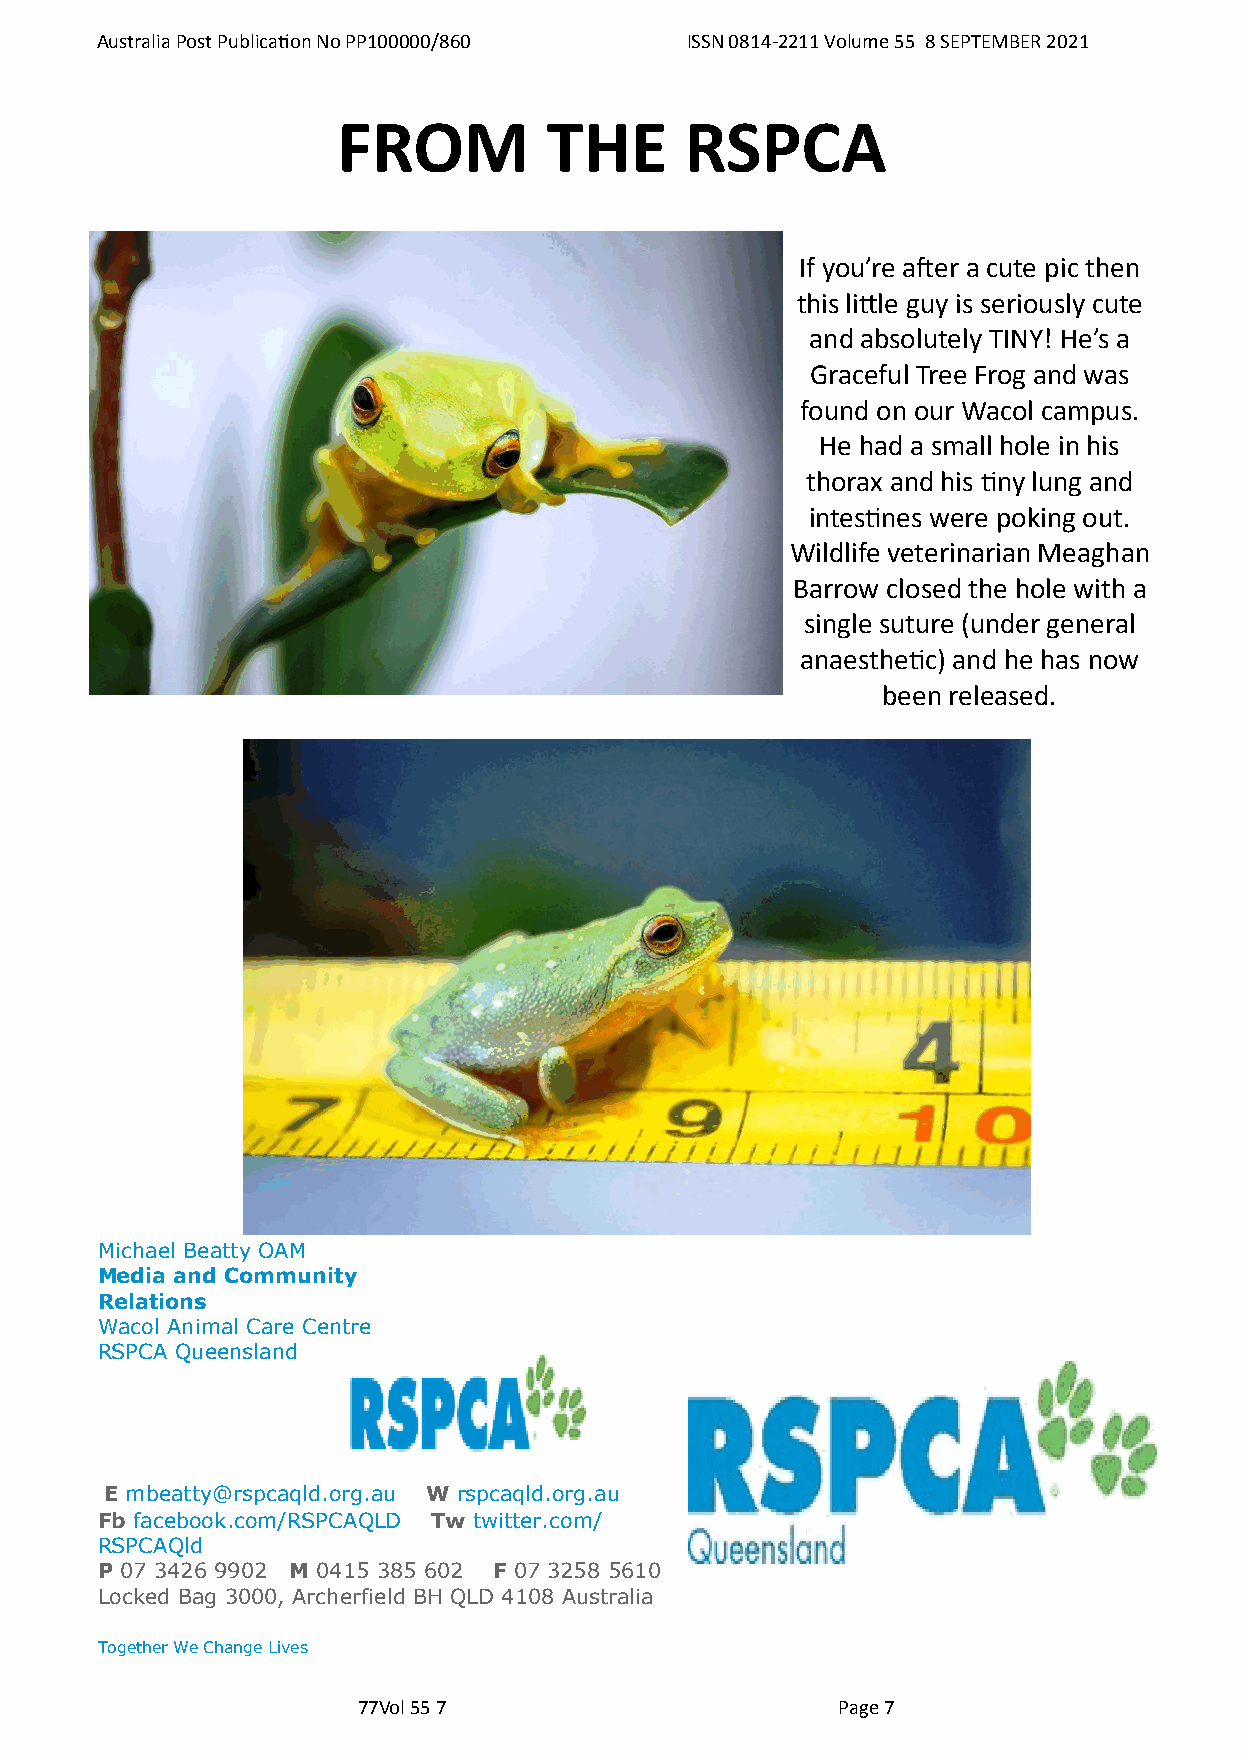
Australia Post Publication No PP100000/860 ISSN 0814-2211 Volume 55 8 SEPTEMBER 2021
 FROM          THE      RSPCA
 If you’re after a cute pic then
 this little guy is seriously cute
 and absolutely TINY! He’s a
 Graceful Tree Frog and was
 found on our Wacol campus.
 He had a small hole in his
 thorax and his tiny lung and
 intestines were poking out.
 Wildlife veterinarian Meaghan
 Barrow closed the hole with a
 single suture (under general
 anaesthetic) and he has now
 been released.
 Michael Beatty OAM
 Media and Community
 Relations
 Wacol Animal Care Centre
 RSPCA Queensland
 E mbeatty@rspcaqld.org.au W rspcaqld.org.au
 Fb facebook.com/RSPCAQLD Tw twitter.com/
 RSPCAQld
 P 07 3426 9902 M 0415 385 602 F 07 3258 5610
 Locked Bag 3000, Archerfield BH QLD 4108 Australia
 Together We Change Lives
 77Vol 55 7                     Page 7